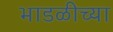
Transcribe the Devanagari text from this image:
भाडळीच्या